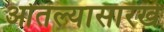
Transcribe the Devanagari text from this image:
ओतल्यासारखे